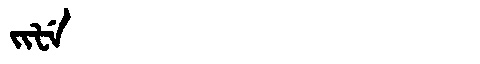
Manchu: ᠵᡳᡶᡝ
Romanization: JIFE